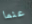
عنما